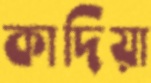
কাদিয়া